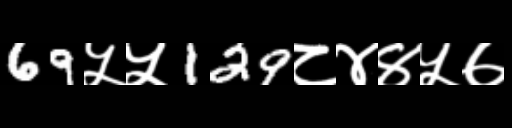
Text: 69५५129८४४५७